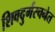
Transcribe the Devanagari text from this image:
शिवदुर्गरचनेत